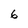
Character: 6